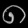
Digit: ၈